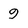
Character: 9